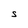
Character: S